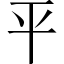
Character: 平